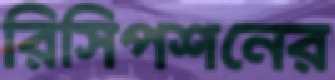
রিসিপশনের